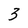
Character: 3